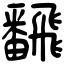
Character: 飜